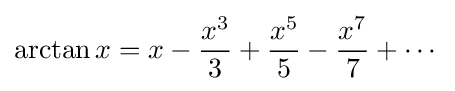
\arctan x=x-{\frac {x^{3}}{3}}+{\frac {x^{5}}{5}}-{\frac {x^{7}}{7}}+\cdots